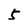
Character: 5